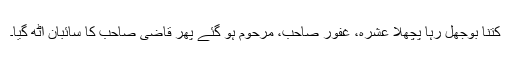
کتنا بوجھل رہا پچھلا عشرہ، غفور صاحب، مرحوم ہو گئے پھر قاضی صاحب کا سائبان اٹھ گیا۔